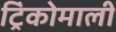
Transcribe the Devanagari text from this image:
ट्रिंकोमाली